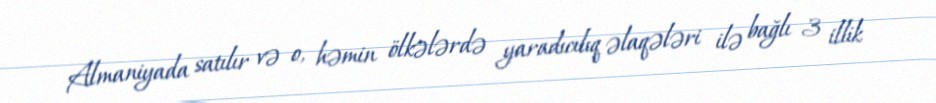
Almaniyada satılır və o, həmin ölkələrdə yaradıcılıq əlaqələri ilə bağlı 3 illik